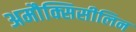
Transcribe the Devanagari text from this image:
अमौक्सिसीलिन